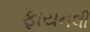
ફાયનલી